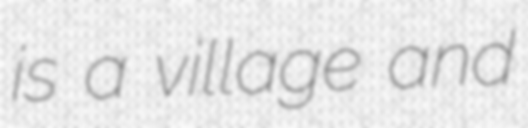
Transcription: is a village and